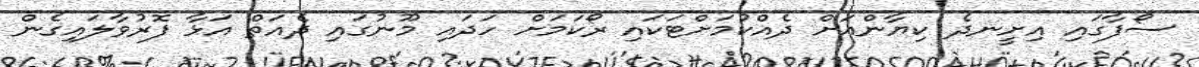
ސޯފާގައި އިށީނދެ ކިޔާންއަށް ދެއްކުމަށްޓަކައި ރޯކަމަށް ހަދައި މޫނުގައި ދެއަތް އަޅާ ފޮރުވާލައިގެން